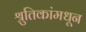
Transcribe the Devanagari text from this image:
श्रुतिकांमधून